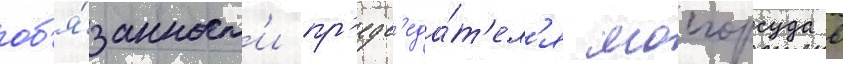
об'я́занност'и пр'едс'еда́т'ел'я мосгорсуда в